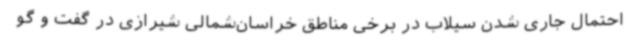
احتمال جاری شدن سیلاب در برخی مناطق خراسان‌شمالی شیرازی در گفت و گو